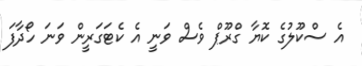
އެ ސްކޫލުގެ ކޮޔާ ގްރޫޕް ވެސް ވަނީ އެ ކެޓަގަރީން ވަނަ ހޯދާފަ